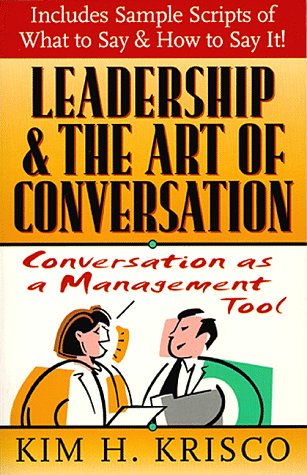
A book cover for Leadership and the Art of Conversation: Conversation as a Management Tool; Kim H. Krisco; Reference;